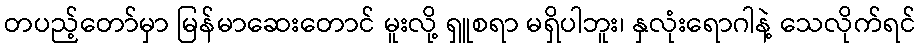
တပည့်တော်မှာ မြန်မာဆေးတောင် မူးလို့ ရှူစရာ မရှိပါဘူး၊ နှလုံးရောဂါနဲ့ သေလိုက်ရင်